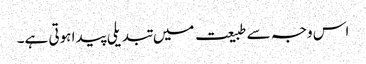
اس وجہ سے طبیعت میں تبدیلی پیدا ہوتی ہے۔